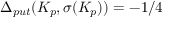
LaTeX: \Delta _ { p u t } ( K _ { p } , \sigma ( K _ { p } ) ) = - 1 / 4